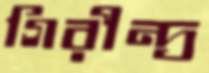
গিরীন্দ্র